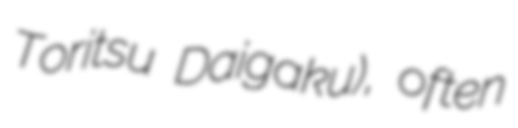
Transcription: Toritsu Daigaku), often